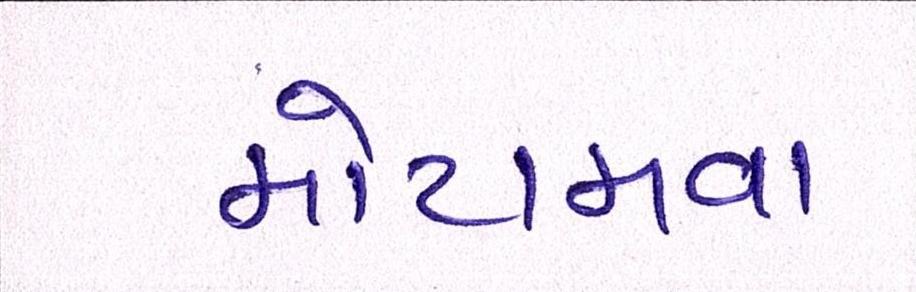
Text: મોટામવા